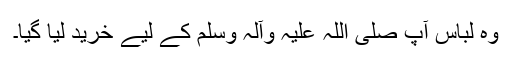
وہ لباس آپ صلی اللہ علیہ وآلہ وسلم کے لیے خرید لیا گیا۔